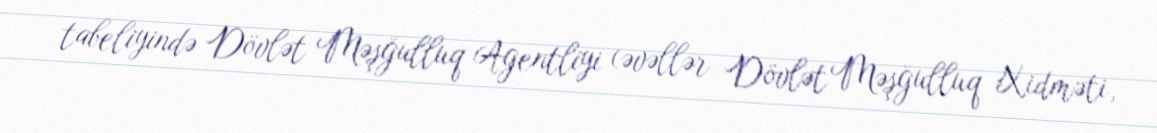
tabeliyində Dövlət Məşğulluq Agentliyi (əvəllər Dövlət Məşğulluq Xidməti,